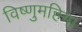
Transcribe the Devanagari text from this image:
विष्णुमहिमा